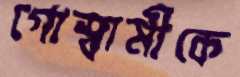
গোস্বামীকে